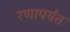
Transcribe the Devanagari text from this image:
रणापर्यंत